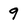
Character: 9